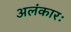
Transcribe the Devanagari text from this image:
अलंकारः